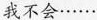
我不会……